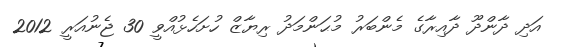
އަދި ދާންދޫ ދާއިރާގެ މެންބަރު މުޙަންމަދު ރިޔާޒް ހުށަހެޅުއްވީ 30 ޖެނުއަރީ 2012